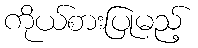
ကိုယ်စားပြုမည့်